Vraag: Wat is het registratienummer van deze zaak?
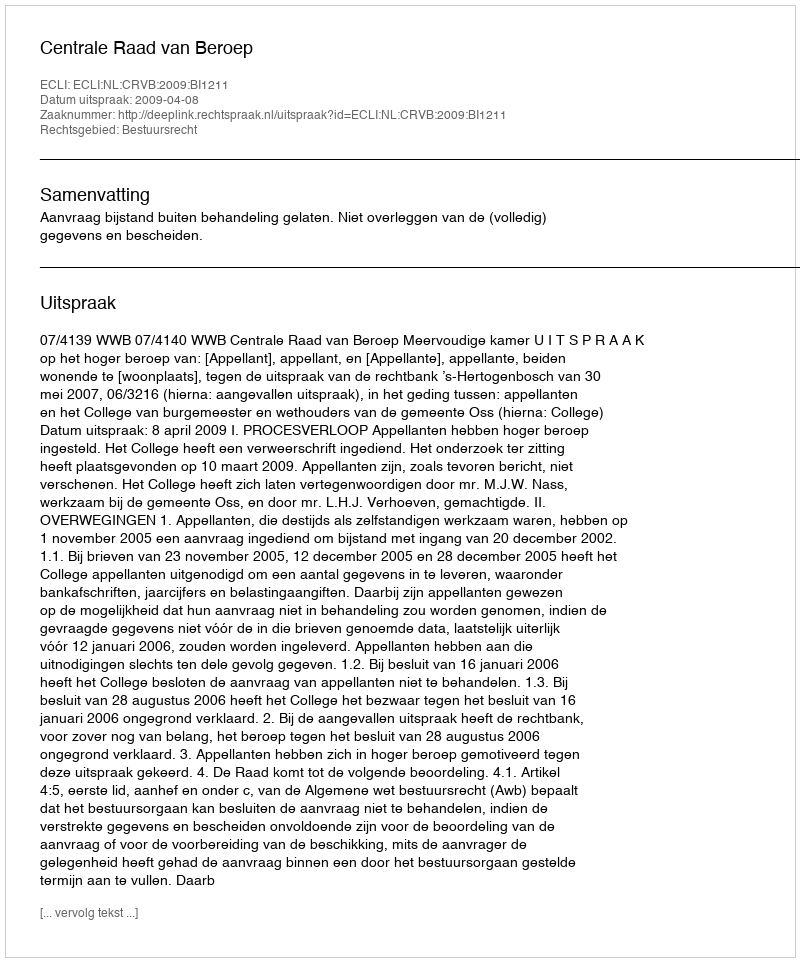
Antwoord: http://deeplink.rechtspraak.nl/uitspraak?id=ECLI:NL:CRVB:2009:BI1211